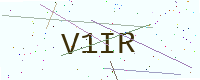
Text: V1IR